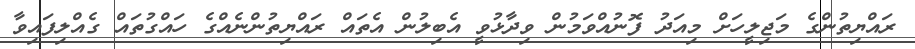
ރައްޔިތުންގެ މަޖިލީހަށް މިއަދު ފޮނުއްވަމުން ވިދާޅުވީ އެބިލުން އެތައް ރައްޔިތުންނެއްގެ ހައްގުތައް ގެއްލިފައިވާ